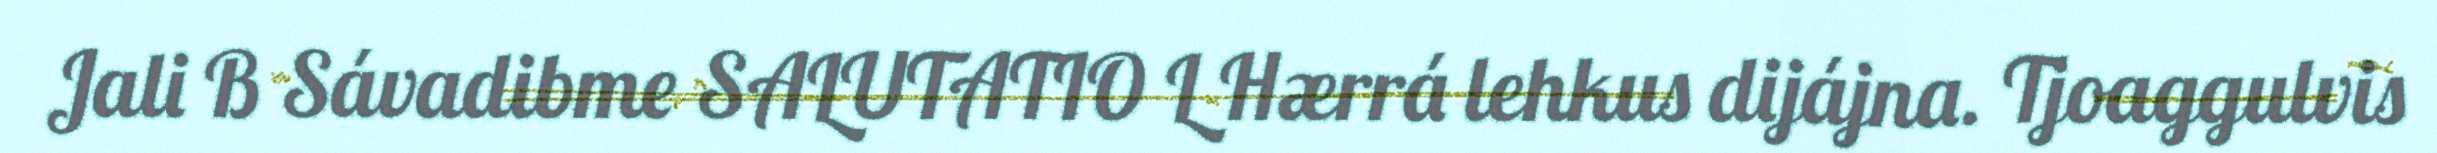
Jali B Sávadibme SALUTATIO L Hærrá lehkus dijájna. Tjoaggulvis